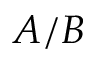
A / B